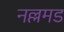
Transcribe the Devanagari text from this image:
नल्लमड